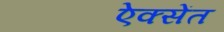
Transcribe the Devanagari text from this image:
ऐक्सेंत